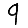
Digit: 9